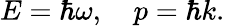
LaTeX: E=\hbar\omega,\quad p=\hbar k.